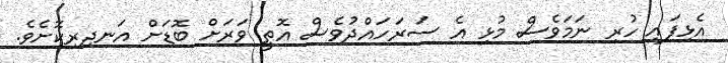
އެޅިފައި ހުރި ނަމަވެެސް މުޅި އެ ސަރަހައްދުވެސް އޮތީ ވަރަށް ބޮޑަށް އަނދިރިކޮށެވެ.